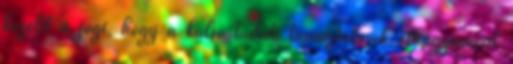
közelít a jógi, hogy a külső tudati tapasztalások elhagyásával